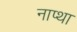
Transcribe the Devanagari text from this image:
नाप्था